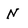
Character: N